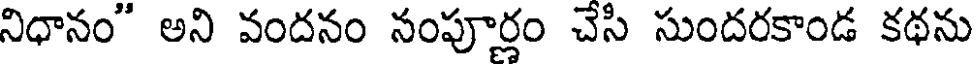
నిధానం" అని వందనం నంపూర్తం చెసి సుందరకాండ కథను